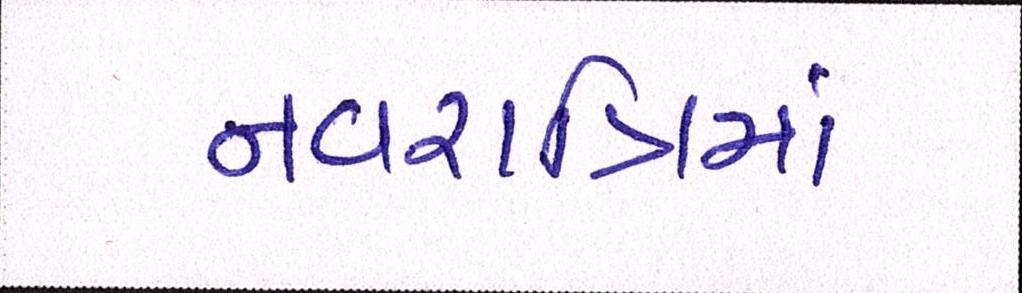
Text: નવરાત્રિમાં